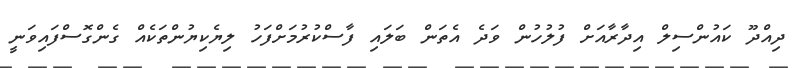
ދިއްދޫ ކައުންސިލް އިދާރާއަށް ފުލުހުން ވަދެ އެތަން ބަލައި ފާސްކުރުމަށްފަހު ލިޔެކިޔުންތަކެއް ގެންގޮސްފައިވަނީ